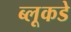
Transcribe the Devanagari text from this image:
ब्लूकडे